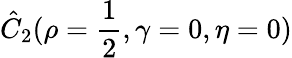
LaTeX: \hat{C}_{2}(\rho=\frac{1}{2},\gamma=0,\eta=0)